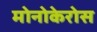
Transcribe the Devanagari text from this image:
मोनोकेरोस